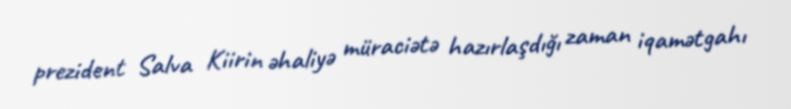
prezident Salva Kiirin əhaliyə müraciətə hazırlaşdığı zaman iqamətgahı